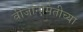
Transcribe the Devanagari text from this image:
वीजनिर्मितीच्या